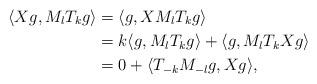
LaTeX: \begin{align*}\langle X g, M_l T_k g \rangle & = \langle g, X M_l T_k g \rangle\\& = k \langle g, M_l T_k g \rangle + \langle g, M_l T_k X g \rangle\\& = 0 + \langle T_{-k} M_{-l} g, X g \rangle,\end{align*}